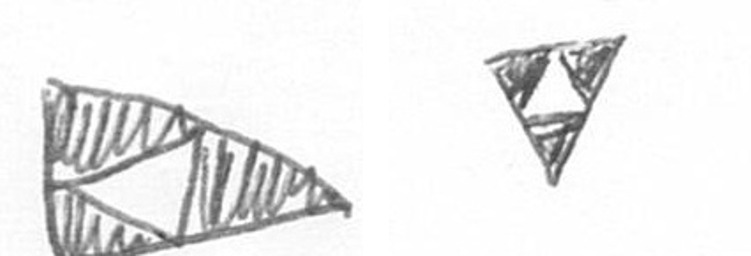
K S